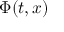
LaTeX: \Phi ( t , x )